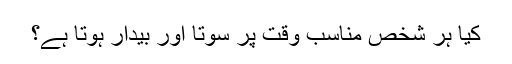
کیا ہر شخص مناسب وقت پر سوتا اور بیدار ہوتا ہے؟